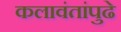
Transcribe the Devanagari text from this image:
कलावंतांपुढे